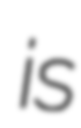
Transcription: is